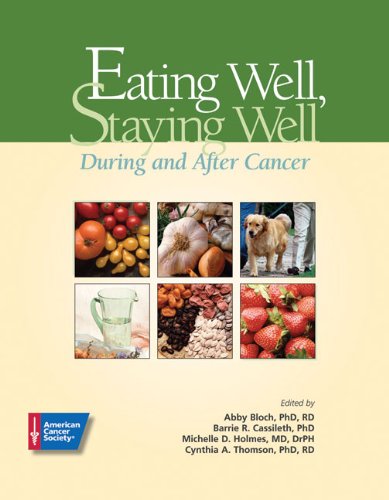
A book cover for Eating Well, Staying Well, During and After Cancer; Abby Bloch; Cookbooks, Food & Wine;